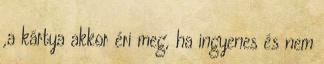
,a kártya akkor éri meg, ha ingyenes és nem